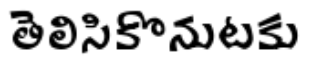
తెలిసికొనుటకు